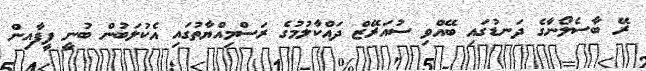
ރޭ ބާސެލޯނާގެ ދަނޑުގައި ބޭއްވި ސުއަރޭޒް ދައްކާލުމުގެ ރަސްމިއްޔާތުގައި އެކުލަބުން ބުނީ ފީފާއިން